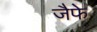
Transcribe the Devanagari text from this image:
जैफे